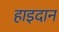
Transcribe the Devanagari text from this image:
हाइदान